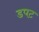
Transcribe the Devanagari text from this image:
डपट